Sanitation, dispensaries and jails vaccination Rajputana 1922-1927 - 1922-1927
Year: 1922
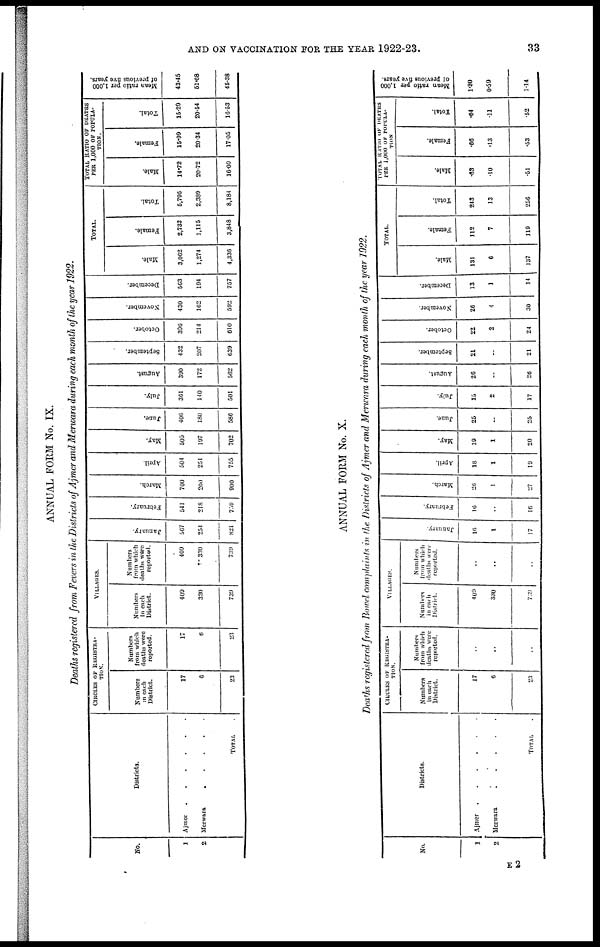
AND ON VACCINATION FOR THE YEAR 1922-23.
33
ANNUAL FORM No. IX.
Deaths registered from Fevers in the Districts of Ajmer and Merwara during each month of the year 1922.
No.
1
2
Districts.
Ajmer . . . .
Merwara
.
.
.
.
TOTAL
CIRCLES OF REGISTRA¬
TION.
Numbers
in each
District.
17
6
23
Numbers
from which
deaths were
reported.
17
6
23
VILLAGES.
Numbers
in each
District.
400
330
739
Numbers
from which
deaths were
reported.
409
330
739
January.
567
254
821
February.
541
218
759
March.
700
200
900
April.
504
251
755
May.
505
197
702
June.
406
180
580
July.
361
140
501
August.
390
172
562
September.
432
207
639
October.
396
214
610
November.
430
162
592
December.
563
194
757
TOTAL.
Male.
3,062
1,274
4,330
Female.
2,733
1,115
3,848
Total.
5,795
2,389
8,184
TOTAL RATIO OF DEATHS
PER 1,000 OF POPULA-
TION.
Male.
14.72
20.72
16.09
Female.
15.99
20.34
17.05
Total.
15.29
20.54
16.53
Mean ratio per 1,000
of previous five years.
43.45
51.68
45.38
ANNUAL FORM No. X.
Deaths registered from Bowel complaints in the Districts of Ajmer and Merwara during each month of the year 1922.
No.
1
2
Districts.
Ajmer . . . . . .
Merwara . . . .
TOTAL.
CIRCLES OF REGISTRA¬
TION.
Numbers
in each
District.
17
6
23
Numbers
from which
deaths were
reported.
..
..
..
VILLAGES.
Numbers
in each
District.
409
330
739
Numbers
from which
deaths were
reported.
..
..
..
January.
16
1
17
February.
10
..
16
March.
26
1
27
April.
18
1
19
May.
19
1
20
June.
25
..
25
July.
15
2
17
August.
20
..
26
September.
21
..
21
October.
22
2
24
November.
26
4
30
December.
13
1
14
TOTAL.
Male.
131
6
137
Female.
112
7
119
Total.
243
13
256
TOTAL RATIO OF DEATHS
PER 1,000 OF POPULA¬
TION
Male.
.63
.10
.51
Female.
.66
.13
.63
Total.
.04
.11
.62
Mean ratio per 1,000
of previous five years.
1.30
0.59
1.14
E 2